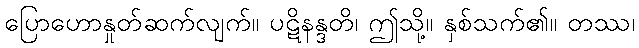
ပြောဟောနှုတ်ဆက်လျက်။ ပဋိနန္ဒတိ၊ ဤသို့။ နှစ်သက်၏။ တဿ၊